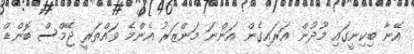
އޭނާ ބިކިނީގައި މޫދުން އަރައިގެން އަންނަ މަންޒަރު އެންމެ ވައްތަރީ ޖޭމްސް ބޮންޑް